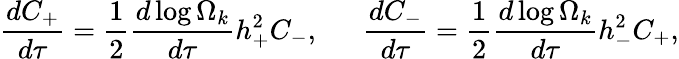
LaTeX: \frac{dC_{+}}{d\tau}=\frac{1}{2}\frac{d\log{\Omega_{k}}}{d\tau}h_{+}^{2}C_{-},~~~~~~\frac{dC_{-}}{d\tau}=\frac{1}{2}\frac{d\log{\Omega_{k}}}{d\tau}h_{-}^{2}C_{+},